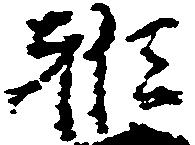
雅